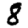
Digit: 8